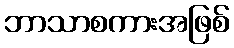
ဘာသာစကားအဖြစ်